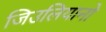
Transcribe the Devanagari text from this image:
जिउलियानो